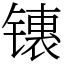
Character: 䦄